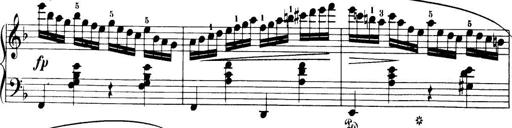
Title: 32 Sonatinas and Rondos for the Piano
Composer: Richard Kleinmichel